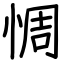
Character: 惆